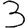
Digit: 3